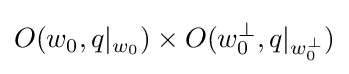
O(w_{0},q|_{w_{0}})\times O(w_{0}^{\perp },q|_{w_{0}^{\perp }})